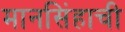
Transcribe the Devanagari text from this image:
मानसिंहाची